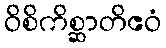
ဝိစိကိစ္ဆာတိဧဝံ